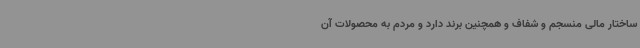
ساختار مالی منسجم و شفاف و همچنین برند دارد و مردم به محصولات آن